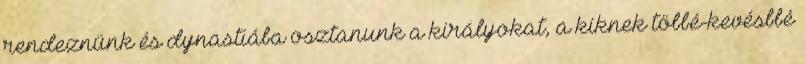
rendeznünk és dynastiába osztanunk a királyokat, a kiknek többé-kevésbbé